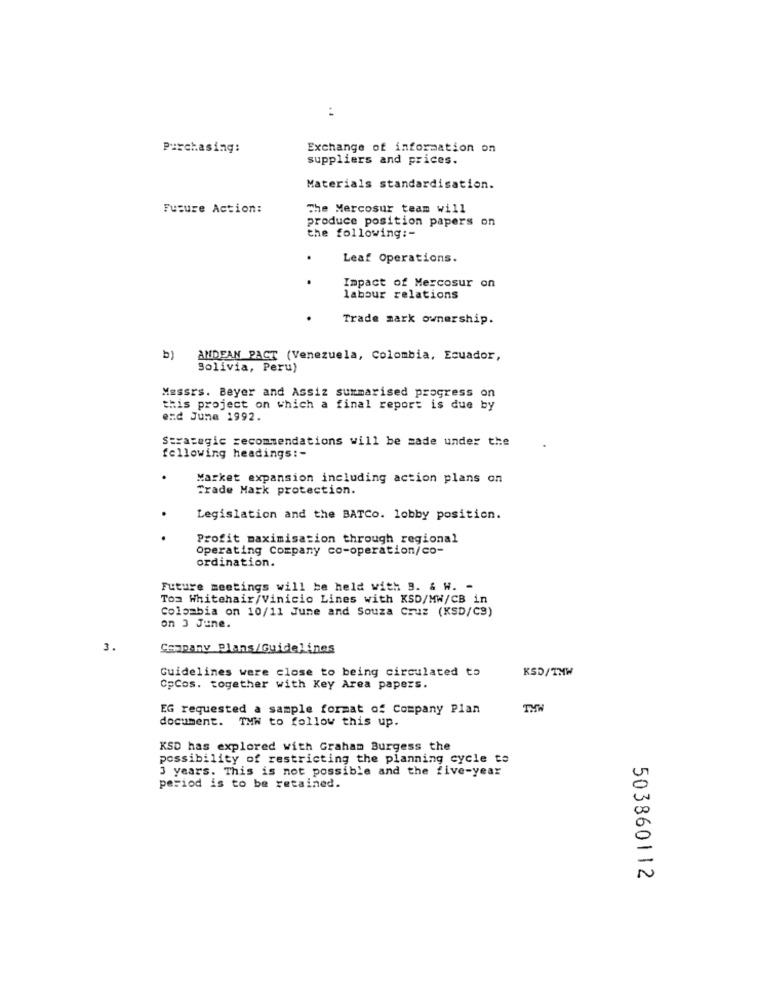
Purchasing:
Exchange of information on
suppliers and prices.
Materials standardisation.
Future Action:
The Mercosur team will
produce position papers on
the following :-
.
Leaf Operations.
.
Impact of Mercosur on
labour relations
Trade mark ownership.
b) AMDEAN PACT (Venezuela, Colombia, Ecuador,
Solivia, Peru)
Messrs. Beyer and Assiz summarised progress on
this project on which a final report is due by
end June 1992.
Strategic recommendations will be made under the
following headings :-
Market expansion including action plans on
Trade Mark protection.
Legislation and the BATCo. lobby position.
.
Profit maximisation through regional
Operating Company co-operation/co-
ordination.
Future meetings will be held with 9. & W. -
Toa Whitehair/Vinicio Lines with KSD/MW/CB in
Colombia on 10/11 June and Souza Cruz (KSD/C9)
on J June.
3.
Company Plans/Guidelines
Guidelines were close to being circulated to
KSD/TMW
OpCos. together with Key Area papers.
EG requested a sample format of Company Plan
document.
TMN to follow this up.
KSD has explored with Graham Burgess the
possibility of restricting the planning cycle to
3 years. This is not possible and the five-year
period is to be retained.
503860112